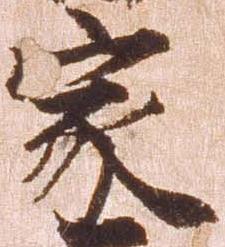
家